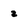
Character: 2